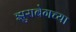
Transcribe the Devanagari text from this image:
झुराबेगच्या